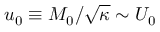
u _ { 0 } \equiv M _ { 0 } / \sqrt { \kappa } \sim U _ { 0 }